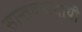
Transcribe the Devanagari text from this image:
सान्तवनादायी